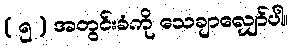
( ၅ ) အတွင်းခံကို သေချာလျှော်ပါ။